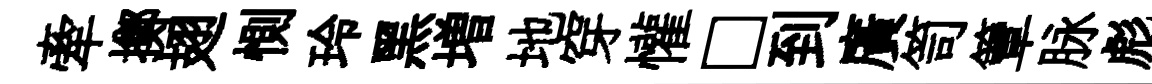
牽擲翅惻玲黑増地穿懽□到廣笥簟脉彪